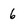
Character: 6